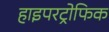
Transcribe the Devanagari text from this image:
हाइपरट्रोफिक